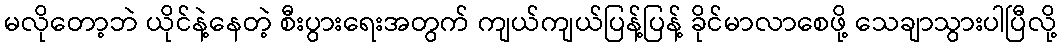
မလိုတော့ဘဲ ယိုင်နဲ့နေတဲ့ စီးပွားရေးအတွက် ကျယ်ကျယ်ပြန့်ပြန့် ခိုင်မာလာစေဖို့ သေချာသွားပါပြီလို့